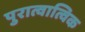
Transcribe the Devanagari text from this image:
पुरात्वात्विक